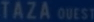
TAZA QUEST